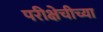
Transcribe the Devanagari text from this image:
परीक्षेचीच्या